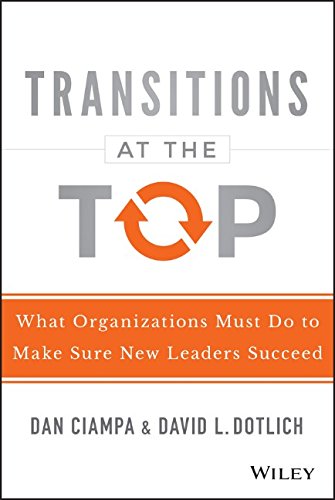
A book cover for Transitions at the Top: What Organizations Must Do to Make Sure New Leaders Succeed; Dan Ciampa; Business & Money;